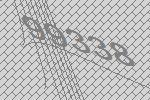
99338